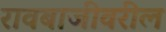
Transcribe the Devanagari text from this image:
रावबाजीवरील